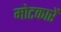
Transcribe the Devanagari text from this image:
मोटकारें